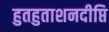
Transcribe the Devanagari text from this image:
हुतहुताशनदीप्ति